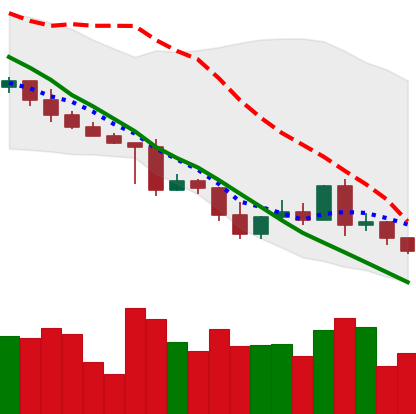
Ticker: XRP-USD
Chart end date: 2022-05-08
Forward return: -25.261%
Label: down_7plus